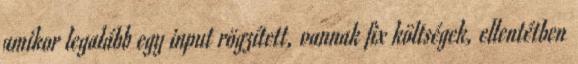
amikor legalább egy input rögzített, vannak fix költségek, ellentétben